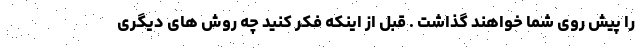
را پیش روی شما خواهند گذاشت . قبل از اینکه فکر کنید چه روش های دیگری